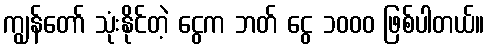
ကျွန်တော် သုံးနိုင်တဲ့ ငွေက ဘတ် ငွေ ၁၀၀၀ ဖြစ်ပါတယ်။